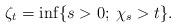
LaTeX: \begin{align*} \zeta_t=\inf \{s>0;\: \chi_s>t \}.\end{align*}